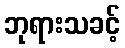
ဘုရားသခင့်